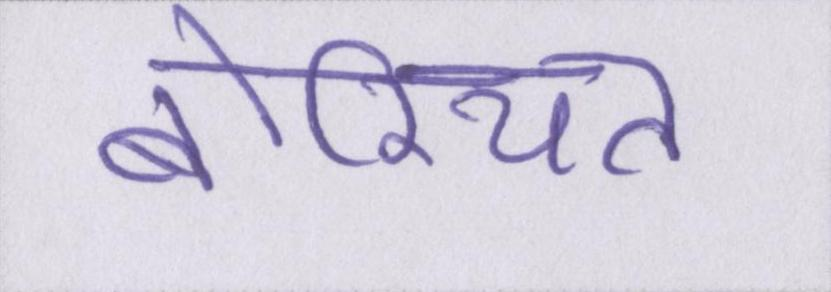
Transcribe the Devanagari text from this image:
बोरियत